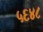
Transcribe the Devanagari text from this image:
५६४८